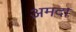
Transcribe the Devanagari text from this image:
अमदा